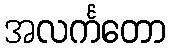
အလင်္ကတော